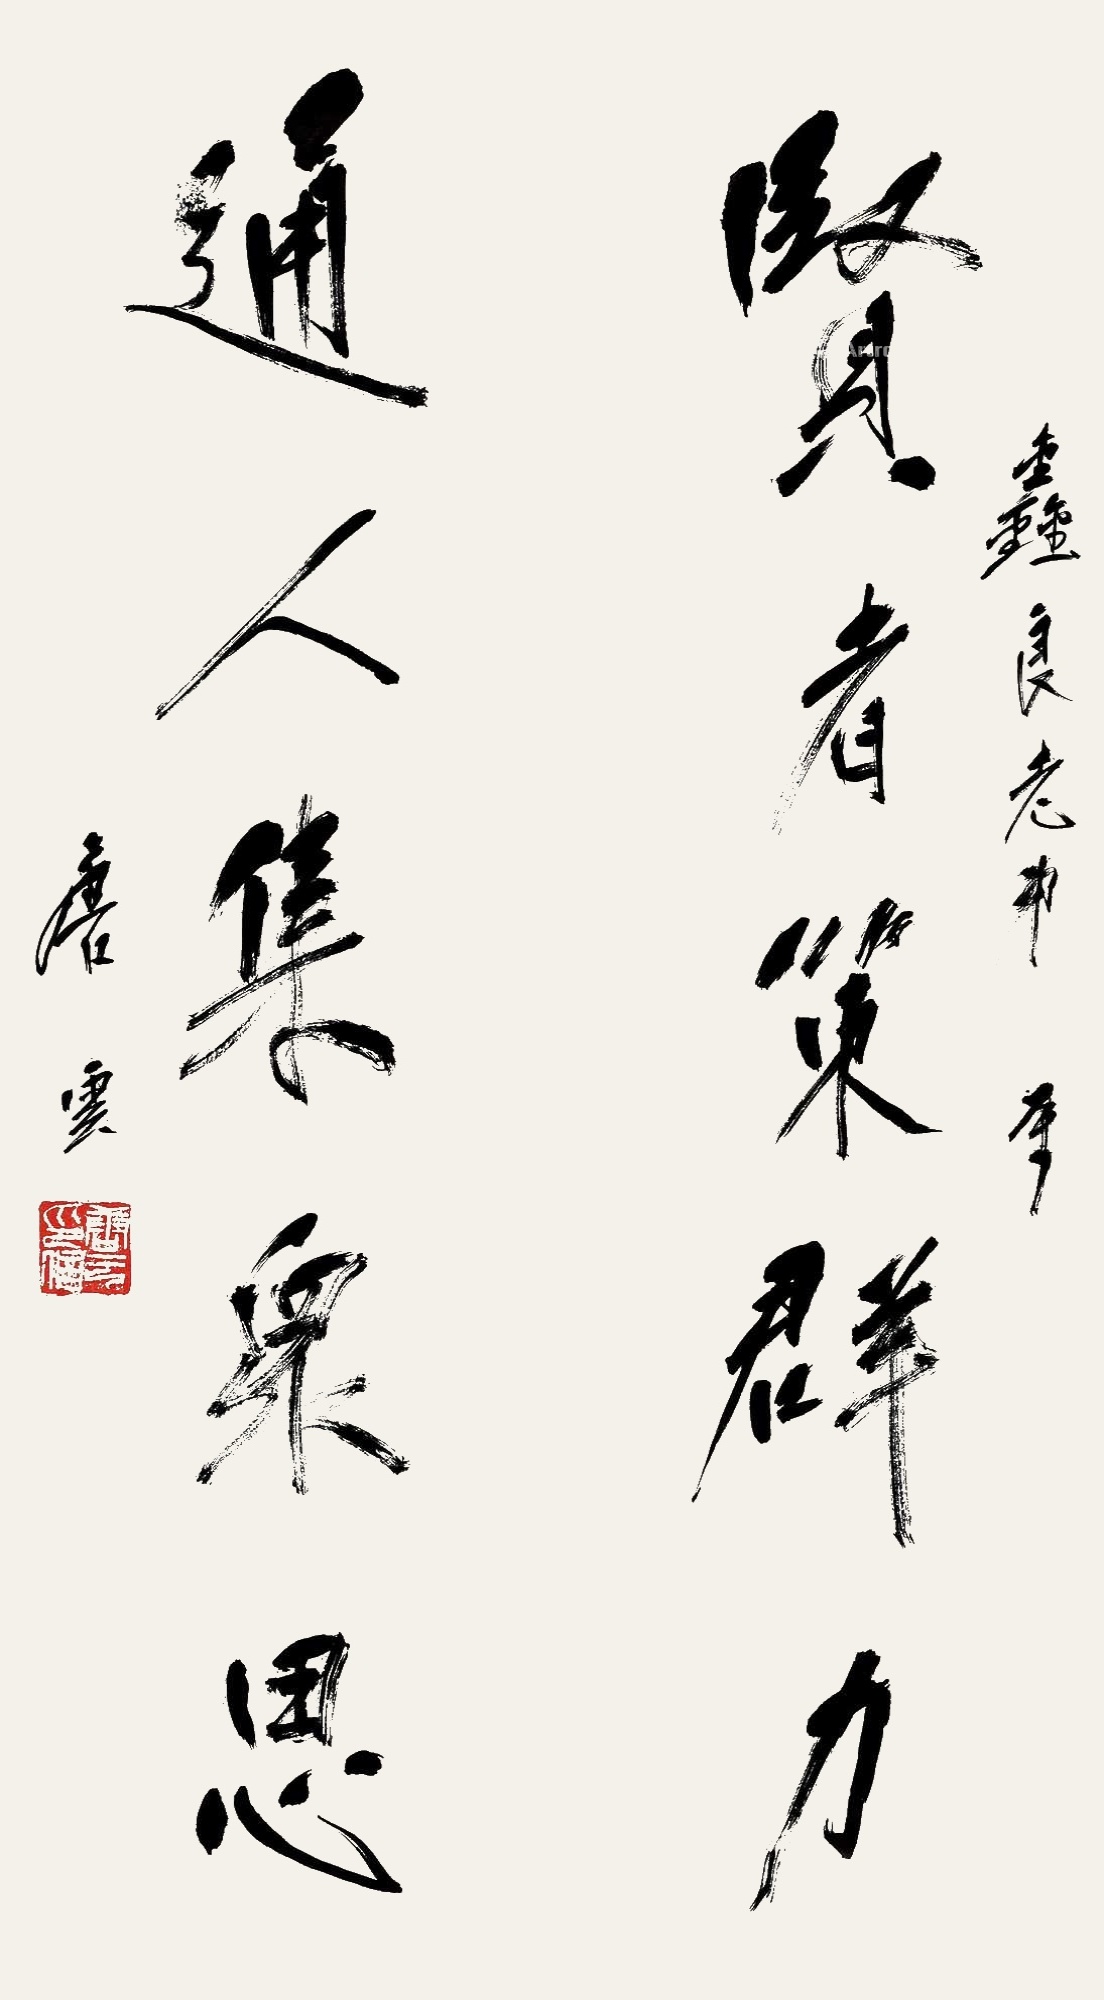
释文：贤者策群力，通人集众思。鑫良老弟属。唐云。